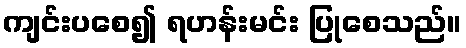
ကျင်းပစေ၍ ရဟန်းမင်း ပြုစေသည်။